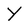
Character: Y